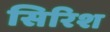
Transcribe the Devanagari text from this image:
सिरिश